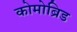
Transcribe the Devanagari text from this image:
कोमोब्रिड